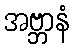
အဗ္ဘာနံ